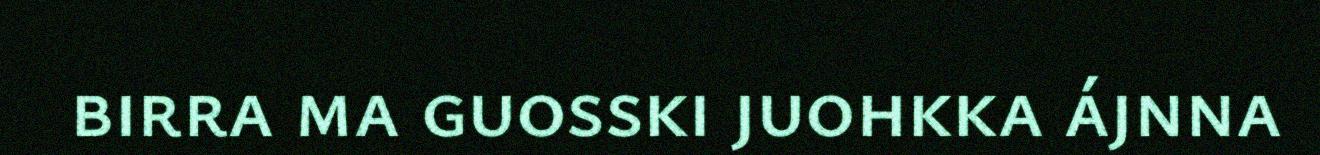
birra ma guosski juohkka ájnna